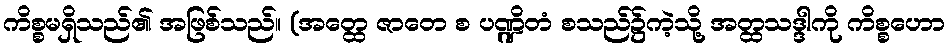
ကိစ္စမရှိသည်၏ အဖြစ်သည်။ (အတ္ထေ ဇာတေ စ ပဏ္ဍိတံ စသည်၌ကဲ့သို့ အတ္ထသဒ္ဒါကို ကိစ္စဟော